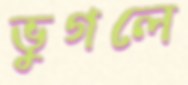
ভুগলে